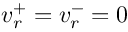
v _ { r } ^ { + } = v _ { r } ^ { - } = 0